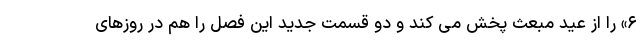
۶» را از عید مبعث پخش می کند و دو قسمت جدید این فصل را هم در روزهای